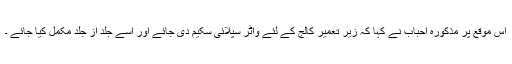
اس موقع پر مذکورہ احباب نے کہا کہ زیر تعمیر کالج کے لئے واٹر سپلائی سکیم دی جائے اور اسے جلد از جلد مکمل کیا جائے ۔